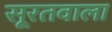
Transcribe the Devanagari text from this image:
सूरतवाला